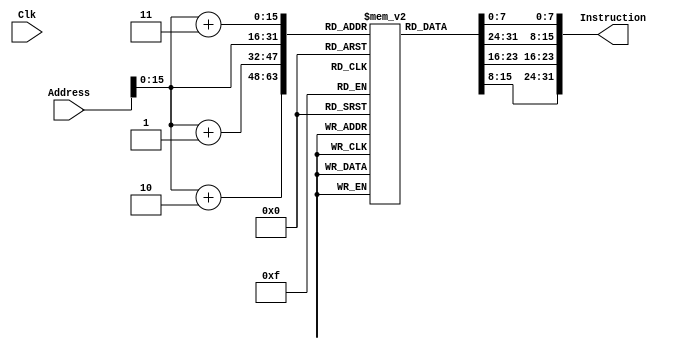

`timescale 1ns/1ns

module InstructionMemory(Clk, Address, Instruction);

input Clk;
input [31:0] Address;

output wire [31:0] Instruction;

reg [7:0] memory [0:1 << 16 - 1];

assign Instruction = {memory[Address], memory[Address+1], memory[Address+2], memory[Address+3]};


initial begin
    memory[0] = 8'hac;
    memory[1] = 8'h00;
    memory[2] = 8'h00;
    memory[3] = 8'h00;
    
    memory[0+4] = 8'h8c;
    memory[1+4] = 8'h00;
    memory[2+4] = 8'h00;
    memory[3+4] = 8'h00;
end

endmodule